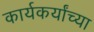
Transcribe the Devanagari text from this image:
कार्यकर्यांच्या